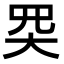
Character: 𡗽